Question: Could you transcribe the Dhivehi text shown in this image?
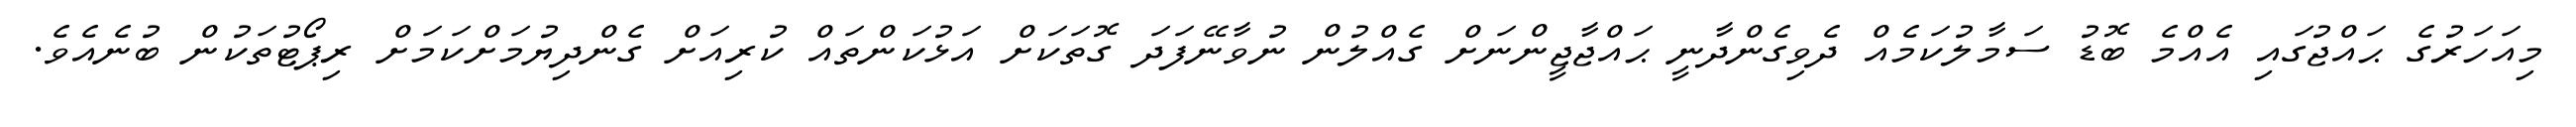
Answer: މިއަހަރުގެ ޙައްޖުގައި އެއްމެ ބޮޑު ސަމާލުކަމެއް ދެވިގެންދާނީ ޙައްޖާޖީންނަށް ގެއްލުން ނުވާނޭފަދަ ގޮތަކަށް އަޅުކަންތައް ކުރިއަށް ގެންދިޔުމަށްކަމަށް ރިޕޯޓުތަކުން ބުނެއެވެ.